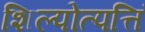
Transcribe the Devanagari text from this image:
शिल्पोत्पत्तिं